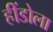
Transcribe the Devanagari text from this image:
हींडोला